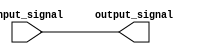
module comb_buffer(
    input wire input_signal,
    output reg output_signal
);

always @(*)
begin
    output_signal = input_signal;
end

endmodule